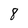
Character: 8